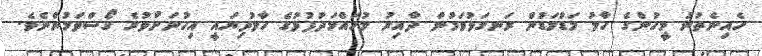
ހެއިނެތުނު މީހުންގެ ހާލު މަޑުމަޑުން ރަނގަޅުވަމުން ދާއިރު މުހައްމަދުފުޅުގެ ހާލުދިޔައީ އިހުނަށްވުރެ ގޯސްވަމުންނެވެ.